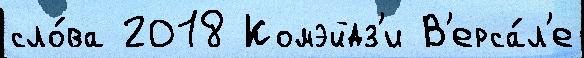
сло́ва 2018 Комэйдз'и В'ерса́л'е